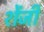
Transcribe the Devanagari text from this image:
शेंजी